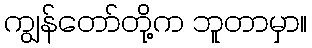
ကျွန်တော်တို့က ဘူတာမှာ။